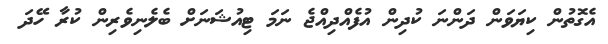
އެގޮތުން ކިޔަވަން ދަންނަ ކުދިން އުފެއްދިއްޖެ ނަމަ ޓިއުޝަނަށް ބެލެނިވެރިން ކުރާ ހޭދަ